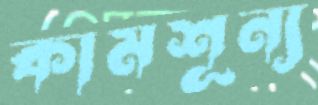
কামশূন্য